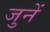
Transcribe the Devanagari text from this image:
जुनें